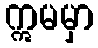
ဣမမှာ